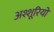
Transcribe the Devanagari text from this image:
अश्शूरियों